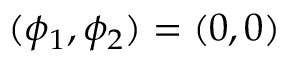
( \phi _ { 1 } , \phi _ { 2 } ) = ( 0 , 0 )